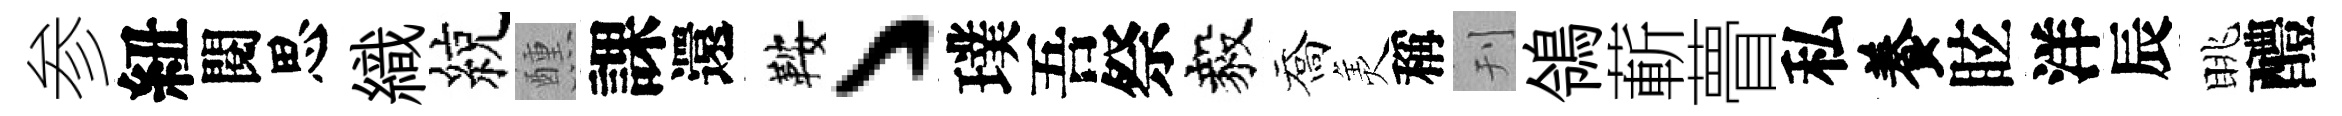
参紐閱思織綂醺課還鞍丶璞吾祭毅喬羙稱刊鴒蔪瞢私養眩洋辰眺醴